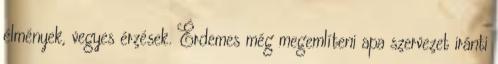
élmények, vegyes érzések. Érdemes még megemlíteni apa szervezet iránti